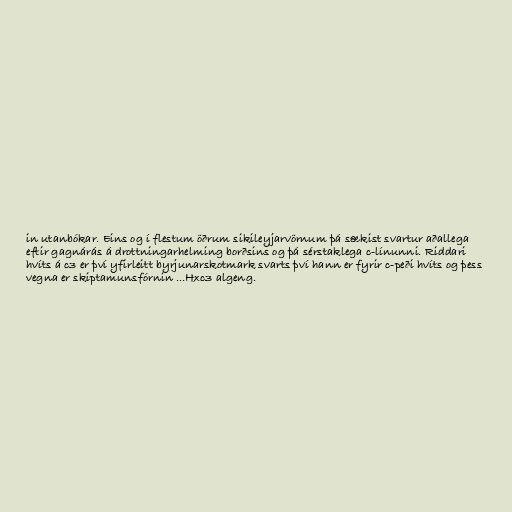
in utanbókar. Eins og í flestum öðrum sikileyjarvörnum þá sækist svartur aðallega
eftir gagnárás á drottningarhelming borðsins og þá sérstaklega c-línunni. Riddari
hvíts á c3 er því yfirleitt byrjunarskotmark svarts því hann er fyrir c-peði hvíts og þess
vegna er skiptamunsfórnin ...Hxc3 algeng.